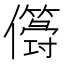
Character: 𠐫